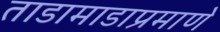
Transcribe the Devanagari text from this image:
ताडामाडाप्रमाणे